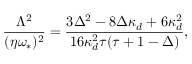
\frac { \Lambda ^ { 2 } } { ( \eta \omega _ { \ast } ) ^ { 2 } } = \frac { 3 \Delta ^ { 2 } - 8 \Delta \kappa _ { d } + 6 \kappa _ { d } ^ { 2 } } { 1 6 \kappa _ { d } ^ { 2 } \tau ( \tau + 1 - \Delta ) } ,